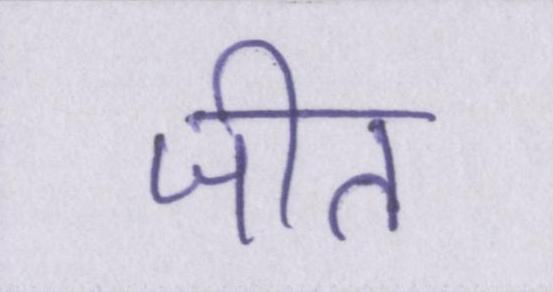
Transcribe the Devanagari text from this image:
जीत